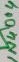
Text: 1N4004